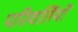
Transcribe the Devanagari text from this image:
परिवर्तियों